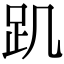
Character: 𧾾